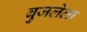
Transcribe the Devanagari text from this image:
बुजलेला